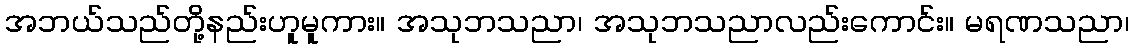
အဘယ်သည်တို့နည်းဟူမူကား။ အသုဘသညာ၊ အသုဘသညာလည်းကောင်း။ မရဏသညာ၊